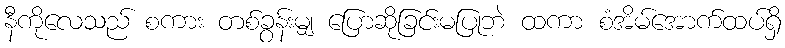
နီကိုလေသည် စကား တစ်ခွန်းမျှ ပြောဆိုခြင်းမပြုဘဲ ထကာ စံအိမ်အောက်ထပ်ရှိ